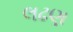
લઢણ